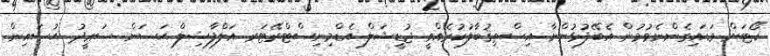
ކޯޓަށް ވަޑައިގެންނެވުމުން އެބޭފުޅުންނާ އިސްތިޤުބާލުކުރެއްވީ ޖުޑީޝަލް އެޑްމިނިސްޓްރޭޓަރ އަލްފާޟިލް ޙަސަން ސަޢީދު ޙުސައިން